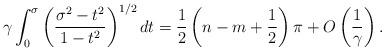
LaTeX: \begin{align*}\gamma\int_{0}^{\sigma}{\left( {\frac{\sigma^{2}-t^{2}}{1-t^{2}}}\right)^{1/2}dt}=\frac{1}{2}\left( {n-m+\frac{1}{2}}\right) \pi+{O}\left({\frac{1}{\gamma}}\right) . \end{align*}